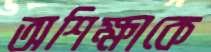
অশিক্ষাকে